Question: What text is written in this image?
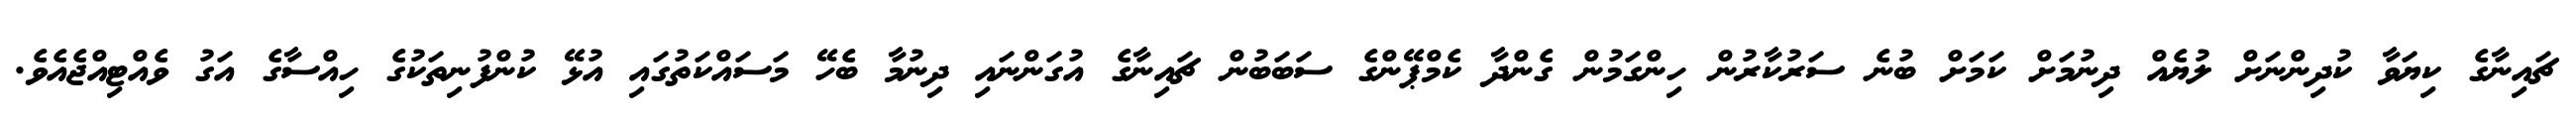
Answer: ޗައިނާގެ ކިޔަވާ ކުދިންނަށް ލުޔެއް ދިނުމަށް ކަމަށް ބުނެ ސަރުކާރުން ހިންގަމުން ގެންދާ ކެމްޕޭންގެ ސަބަބުން ޗައިނާގެ އުގަންނައި ދިނުމާ ބެހޭ މަސައްކަތުގައި އުޅޭ ކުންފުނިތަކުގެ ހިއްސާގެ އަގު ވެއްޓިއްޖެއެވެ.